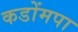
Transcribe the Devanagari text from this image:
कडोंमपा